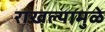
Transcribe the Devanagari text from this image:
राखल्यामुळे